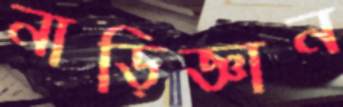
নাড়িজ্ঞান